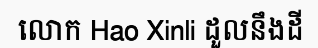
លោក Hao Xinli ដួលនឹងដី